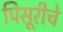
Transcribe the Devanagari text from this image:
पिसूरीचे